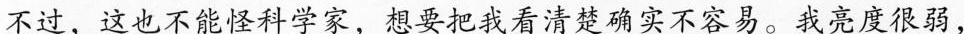
不过，这也不能怪科学，想要把我看清楚确实不容易。我亮度很弱，